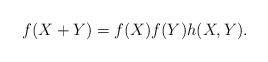
LaTeX: \begin{align*}f(X+Y) = f(X)f(Y)h(X,Y).\end{align*}